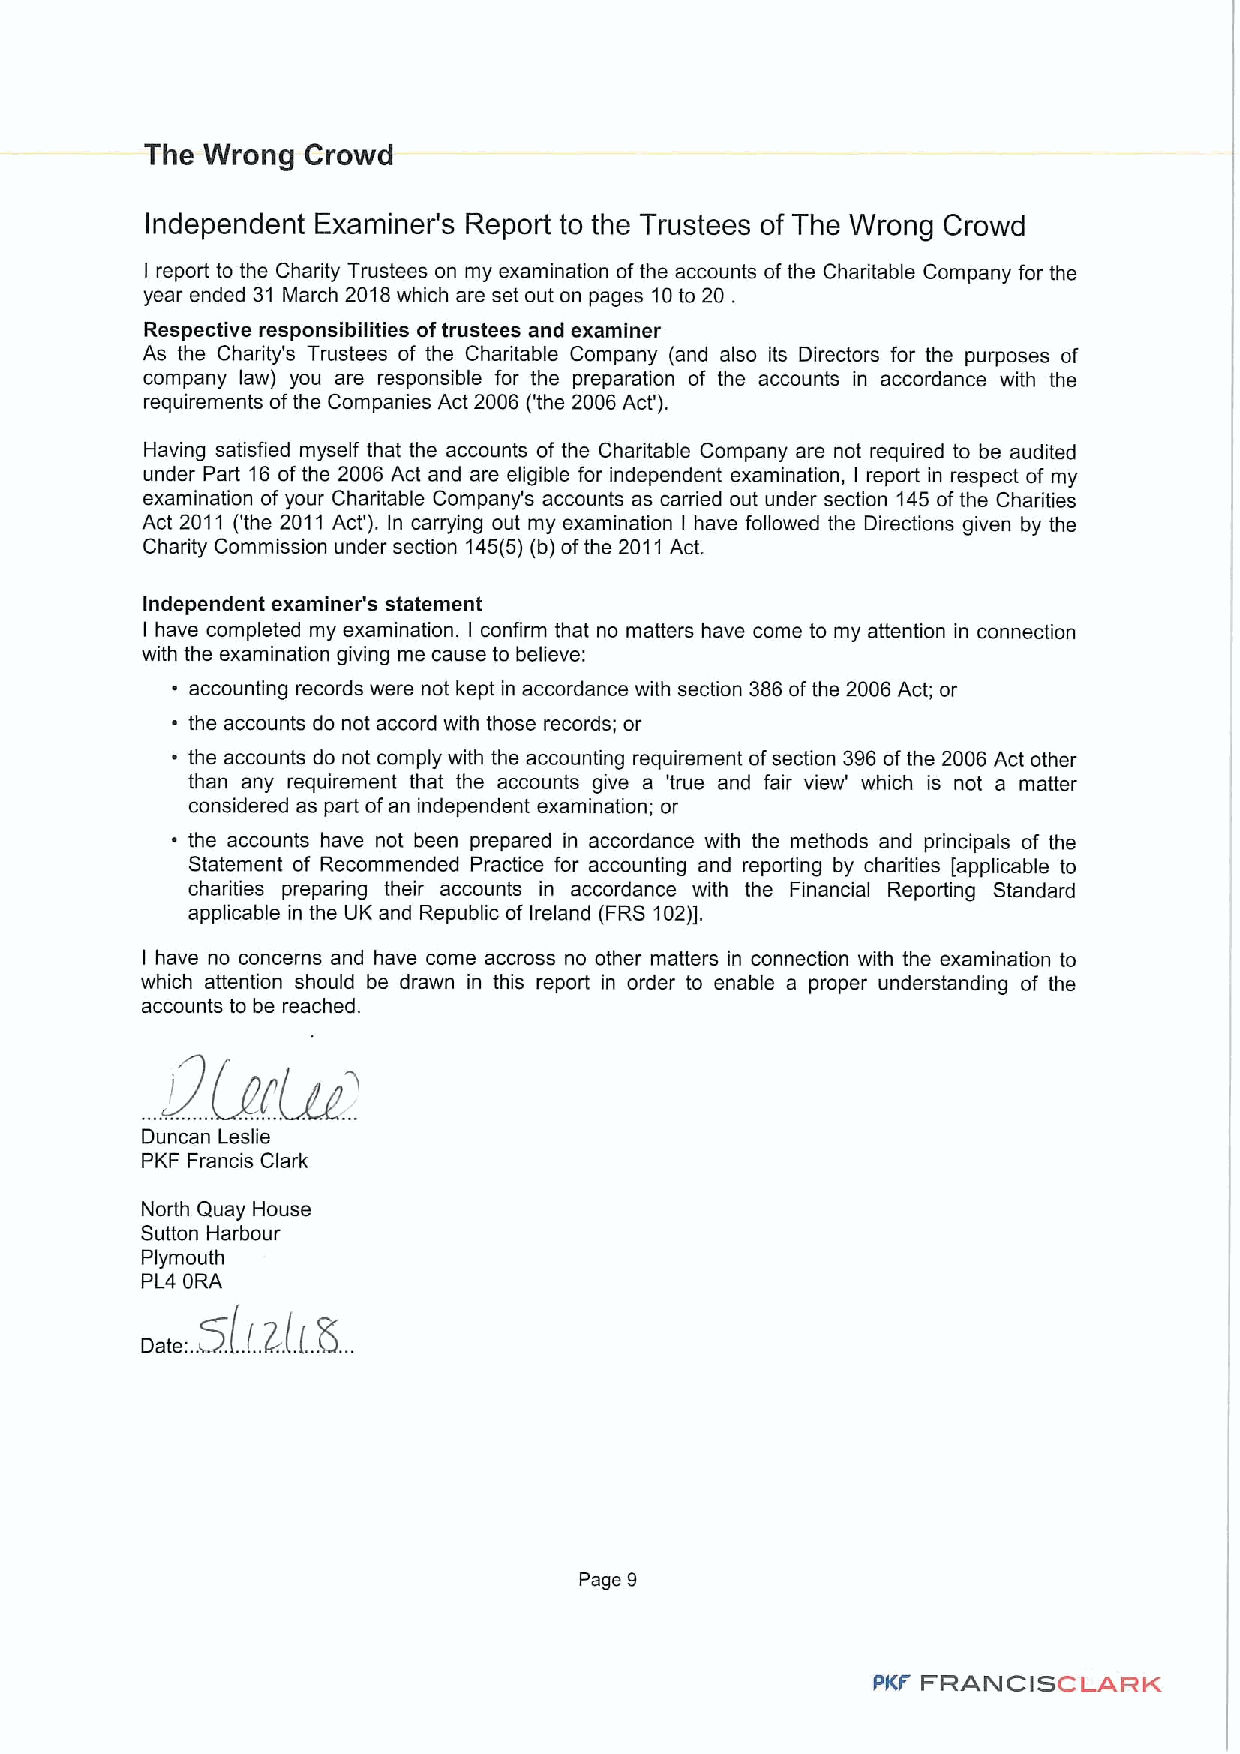
The Wrong Crowd
 Independent Examiner's Report to the Trustees of The Wrong Crowd
 I report to the Charity Trustees on my examination ofthe accounts ofthe Charitable Company for the
 year ended 31 March 2018which are set out on pages 10to 20 .
 Respective responsibilities oftrustees and examiner
 As the Charity's Trustees of the Charitable Company (and also its Directors for the purposes of
 company law) you are responsible for the preparation of the accounts in accordance with the
 requirements ofthe Companies Act 2006 ('the 2006 Act').
 Having satisfied myself that the accounts of the Charitable Company are not required to be audited
 under Part 16 ofthe 2006 Act and are eligible for independent examination, I report in respect of my
 examination of your Charitable Company's accounts as carried out under section 145 ofthe Charities
 Act 2011 ('the 2011 Act'). In carrying out my examination I have followed the Directions given by the
 Charity Commission under section 145(5)(b) ofthe 2011 Act.
 Independent examiner's statement
 I have completed my examination. I confirm that no matters have come to my attention in connection
 with the examination giving me cause to believe:
 ~ accounting records were not kept in accordance with section 386ofthe 2006 Act; or
 ~ the accounts do not accord with those records; or
 the accounts do not comply with the accounting requirement ofsection 396 ofthe 2006 Act other
 than any requirement that the accounts give a 'true and fair view' which is not a matter
 considered as part ofan independent examination; or
 the accounts have not been prepared in accordance with the methods and principals of the
 Statement of Recommended Practice for accounting and reporting by charities [applicable to
 charities preparing their accounts in accordance with the Financial Reporting Standard
 applicable in the UK and Republic of Ireland (FRS 102)].
 I have no concerns and have come accross no other matters in connection with the examination to
 which attention should be drawn in this report in order to enable a proper understanding of the
 accounts to be reached.
 Duncan Leslie
 PKF Francis Clark
 North Quay House
 Sutton Harbour
 Plymouth
 PL4 ORA
 Page 9
 FRANCISCLARK
 PKF